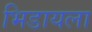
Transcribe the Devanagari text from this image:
भिडायला